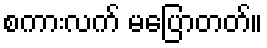
စကားလက် မပြောတတ်။